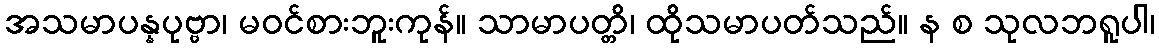
အသမာပန္နပုဗ္ဗာ၊ မဝင်စားဘူးကုန်။ သာမာပတ္တိ၊ ထိုသမာပတ်သည်။ န စ သုလဘရူပါ၊